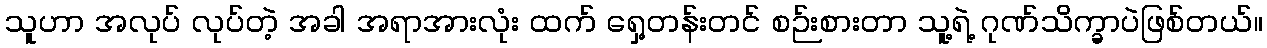
သူဟာ အလုပ် လုပ်တဲ့ အခါ အရာအားလုံး ထက် ရှေ့တန်းတင် စဉ်းစားတာ သူ့ရဲ့ ဂုဏ်သိက္ခာပဲဖြစ်တယ်။